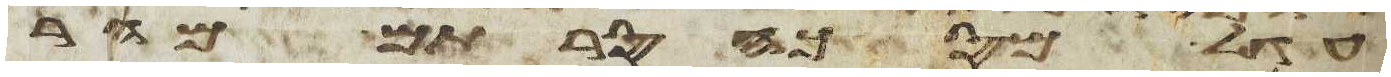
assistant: עגל מסכה סרתם מהר